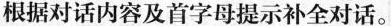
根据对话内容及首字母提示补全对话。